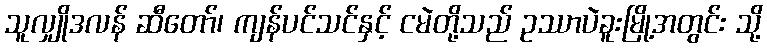
သူလျှိုဒလန် ဆီတော်၊ ကျန်ပင်သင်နှင့် ငမဲတို့သည် ဥဿာပဲခူးမြို့အတွင်း သို့